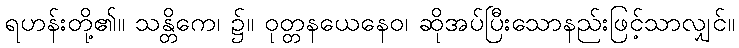
ရဟန်းတို့၏။ သန္တိကေ၊ ၌။ ဝုတ္တနယေနေဝ၊ ဆိုအပ်ပြီးသောနည်းဖြင့်သာလျှင်။